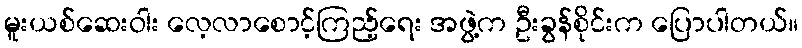
မူးယစ်ဆေးဝါး လေ့လာစောင့်ကြည့်ရေး အဖွဲ့က ဦးခွန်စိုင်းက ပြောပါတယ်။